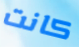
كانت